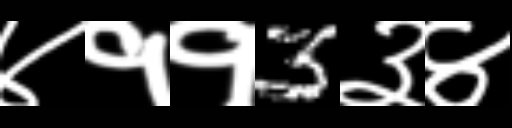
Text: ४११3३४